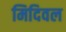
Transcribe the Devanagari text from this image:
मिदिवल